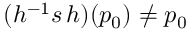
( h ^ { - 1 } s \, h ) ( p _ { 0 } ) \neq p _ { 0 }